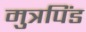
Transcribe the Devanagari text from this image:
मुत्रपिंड